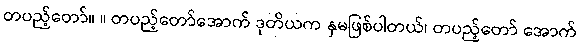
တပည့်တော်။ ။ တပည့်တော်အောက် ဒုတိယက နှမဖြစ်ပါတယ်၊ တပည့်တော် အောက်